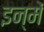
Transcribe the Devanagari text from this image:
इन्‍में